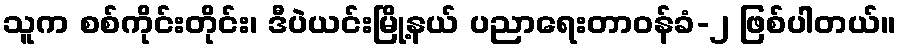
သူက စစ်ကိုင်းတိုင်း၊ ဒီပဲယင်းမြို့နယ် ပညာရေးတာဝန်ခံ-၂ ဖြစ်ပါတယ်။